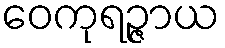
ဝေကုရဉ္ဇာယ